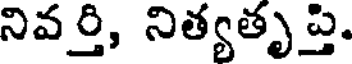
నివర్తి, నిత్యతృప్తి,